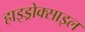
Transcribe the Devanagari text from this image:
हाइड्रोक्साइल